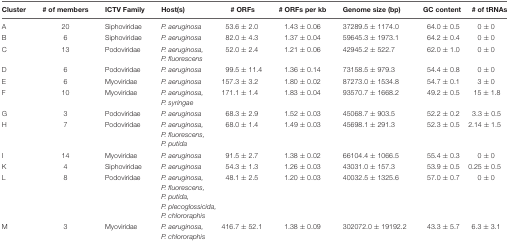
<table><thead><tr><td><b>Cluster</b></td><td><b># of members</b></td><td><b>ICTV Family</b></td><td><b>Host(s)</b></td><td><b># ORFs</b></td><td><b># ORFs per kb</b></td><td><b>Genome size (bp)</b></td><td><b>GC content</b></td><td><b># of tRNAs</b></td></tr></thead><tbody><tr><td>A</td><td>20</td><td>Siphoviridae</td><td><i>P. aeruginosa</i></td><td>53.6 ± 2.0</td><td>1.43 ± 0.06</td><td>37289.5 ± 1174.0</td><td>64.0 ± 0.5</td><td>0 ± 0</td></tr><tr><td>B</td><td>6</td><td>Siphoviridae</td><td><i>P. aeruginosa</i></td><td>82.0 ± 4.3</td><td>1.37 ± 0.04</td><td>59645.3 ± 1973.1</td><td>64.2 ± 0.4</td><td>0 ± 0</td></tr><tr><td>C</td><td>13</td><td>Podoviridae</td><td><i>P. aeruginosa, P. fluorescens</i></td><td>52.0 ± 2.4</td><td>1.21 ± 0.06</td><td>42945.2 ± 522.7</td><td>62.0 ± 1.0</td><td>0 ± 0</td></tr><tr><td>D</td><td>6</td><td>Podoviridae</td><td><i>P. aeruginosa</i></td><td>99.5 ± 11.4</td><td>1.36 ± 0.14</td><td>73158.5 ± 979.3</td><td>54.4 ± 0.8</td><td>0 ± 0</td></tr><tr><td>E</td><td>6</td><td>Myoviridae</td><td><i>P. aeruginosa</i></td><td>157.3 ± 3.2</td><td>1.80 ± 0.02</td><td>87273.0 ± 1534.8</td><td>54.7 ± 0.1</td><td>3 ± 0</td></tr><tr><td>F</td><td>10</td><td>Myoviridae</td><td><i>P. aeruginosa, P. syringae</i></td><td>171.1 ± 1.4</td><td>1.83 ± 0.04</td><td>93570.7 ± 1668.2</td><td>49.2 ± 0.5</td><td>15 ± 1.8</td></tr><tr><td>G</td><td>3</td><td>Podoviridae</td><td><i>P. aeruginosa</i></td><td>68.3 ± 2.9</td><td>1.52 ± 0.03</td><td>45068.7 ± 903.5</td><td>52.2 ± 0.2</td><td>3.3 ± 0.5</td></tr><tr><td>H</td><td>7</td><td>Podoviridae</td><td><i>P. aeruginosa, P. fluorescens, P. putida</i></td><td>68.0 ± 1.4</td><td>1.49 ± 0.03</td><td>45698.1 ± 291.3</td><td>52.3 ± 0.5</td><td>2.14 ± 1.5</td></tr><tr><td>I</td><td>14</td><td>Myoviridae</td><td><i>P. aeruginosa</i></td><td>91.5 ± 2.7</td><td>1.38 ± 0.02</td><td>66104.4 ± 1066.5</td><td>55.4 ± 0.3</td><td>0 ± 0</td></tr><tr><td>K</td><td>4</td><td>Siphoviridae</td><td><i>P. aeruginosa</i></td><td>54.3 ± 1.3</td><td>1.26 ± 0.03</td><td>43031.0 ± 157.3</td><td>53.9 ± 0.5</td><td>0.25 ± 0.5</td></tr><tr><td>L</td><td>8</td><td>Podoviridae</td><td><i>P. aeruginosa, P. fluorescens, P. putida, P. plecoglossicida, P. chlororaphis</i></td><td>48.1 ± 2.5</td><td>1.20 ± 0.03</td><td>40032.5 ± 1325.6</td><td>57.0 ± 0.7</td><td>0 ± 0</td></tr><tr><td>M</td><td>3</td><td>Myoviridae</td><td><i>P. aeruginosa, P. chlororaphis</i></td><td>416.7 ± 52.1</td><td>1.38 ± 0.09</td><td>302072.0 ± 19192.2</td><td>43.3 ± 5.7</td><td>6.3 ± 3.1</td></tr></tbody></table>